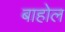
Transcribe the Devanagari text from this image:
बाहोल